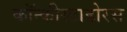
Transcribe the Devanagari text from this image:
कॉन्कीस्टाडोरस